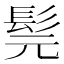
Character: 髨